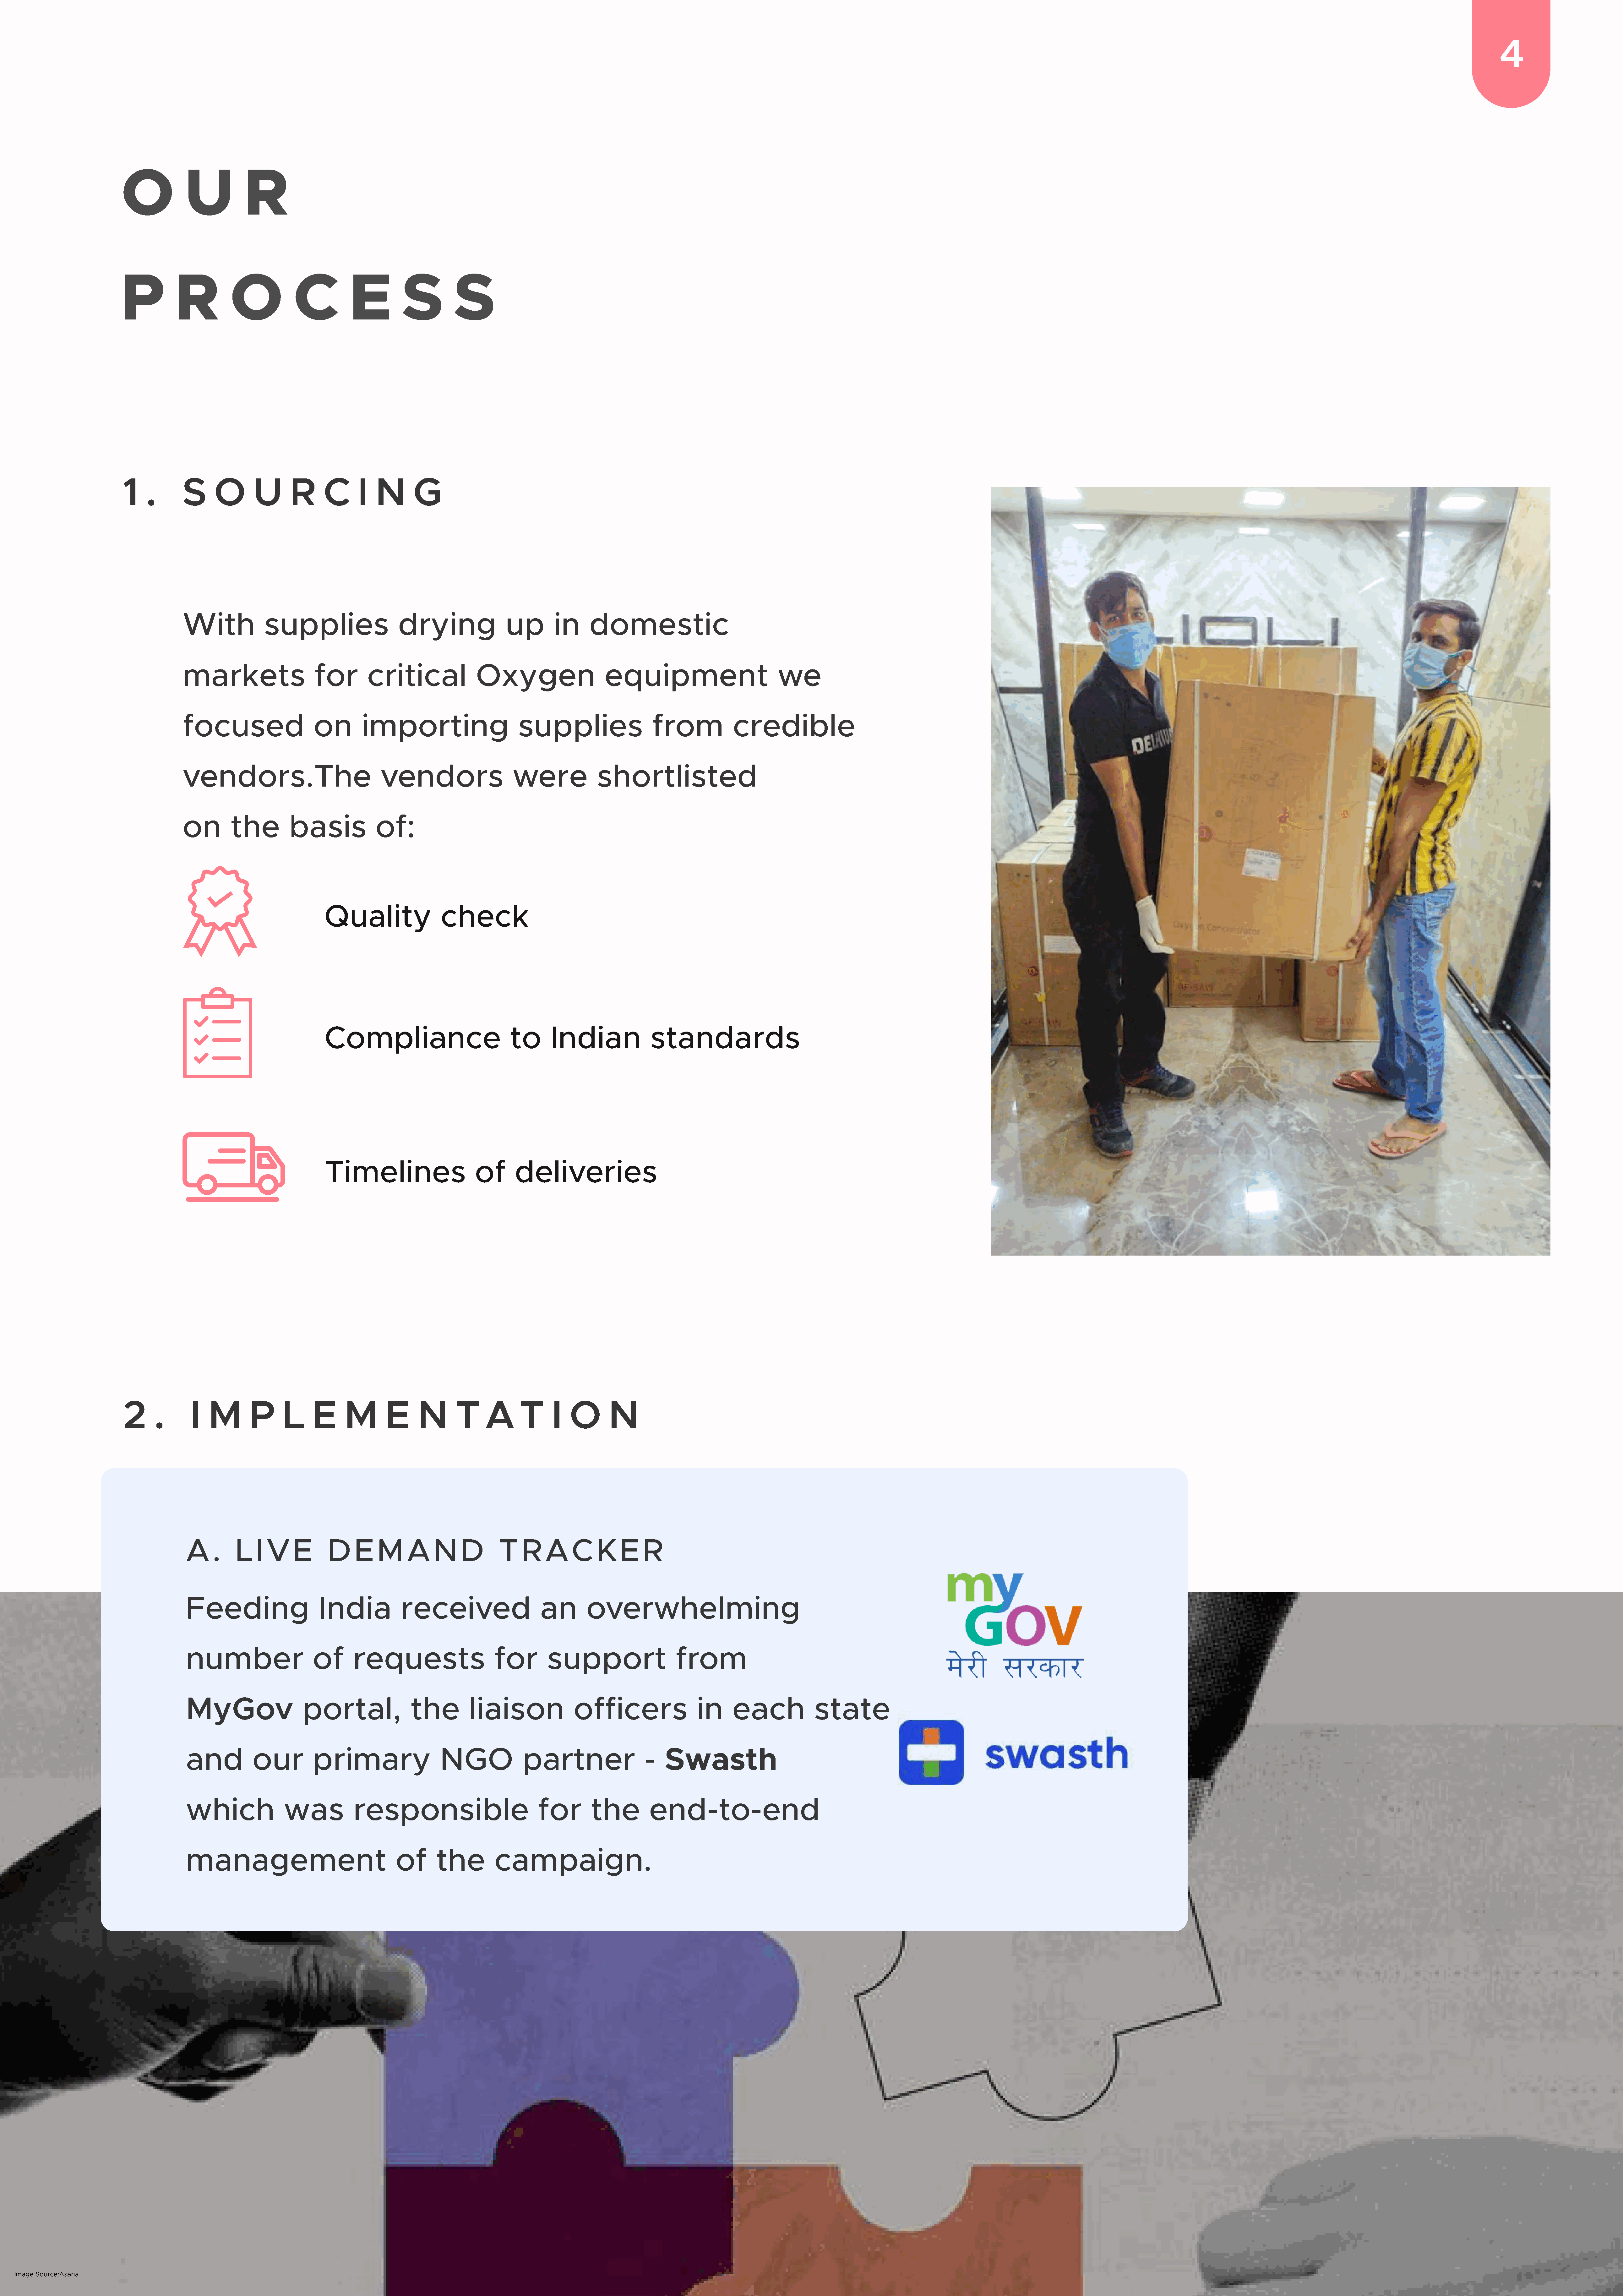
41
 o            u           r
 p          r          o             c           e          s          s
 1    .      S      o       u       r      c      i   n       g
 With              supplies                    drying                up         in     domestic
 markets                     for        critical               Oxygen                     equipment                            we
 focused                     on        importing                        supplies                    from             credible
 vendors.The                               vendors                     were              shortlisted
 on         the         basis             of:
 Quality                  check
 Image Source: Hindustan Times and Indian Express
 Compliance                             to       Indian               standards
 Timelines                       of      deliveries
 2     .       i   m        p      l     e      m       e      n       t     a      t      i   o       n
 A     .    L   I V     E      D     E   M      A    N     D       T    R    A    C     K    E   R
 Feeding                     India            received                      an        overwhelming
 number                     of      requests                      for        support                    from
 MyGov                    portal,               the          liaison               officers                  in     each              state
 and           our          primary                    NGO              partner                   -   Swasth
 which                was           responsible                            for        the          end-to-end
 management                                  of       the         campaign.
 Image Source:Asana